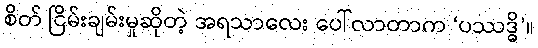
စိတ် ငြိမ်းချမ်းမှုဆိုတဲ့ အရသာလေး ပေါ်လာတာက ‘ပဿဒ္ဓိ’။